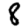
Digit: 8